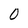
Character: 0